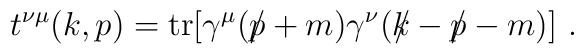
t^{\nu \mu}(k,p)={\rm tr}[\gamma^{\mu}(\slash\!\!\!p+m)\gamma^{\nu}(k\!\!\!\slash-\slash\!\!\!p-m)]\,\,.